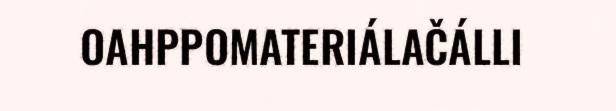
OAHPPOMATERIÁLAČÁLLI